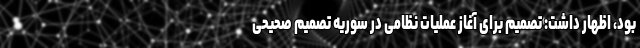
بود، اظهار داشت: تصمیم برای آغاز عملیات نظامی در سوریه تصمیم صحیحی